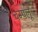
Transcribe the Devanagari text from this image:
चम्पलू